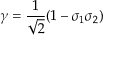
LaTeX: \gamma = { \frac { 1 } { \sqrt { 2 } } } ( 1 - \sigma _ { 1 } \sigma _ { 2 } )